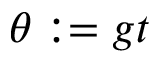
\theta : = g t